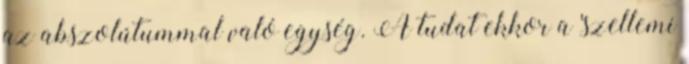
az abszolútummal való egység. A tudat ekkor a 'szellemi